V__Kingissepa_nim__kolhoos, lk 7
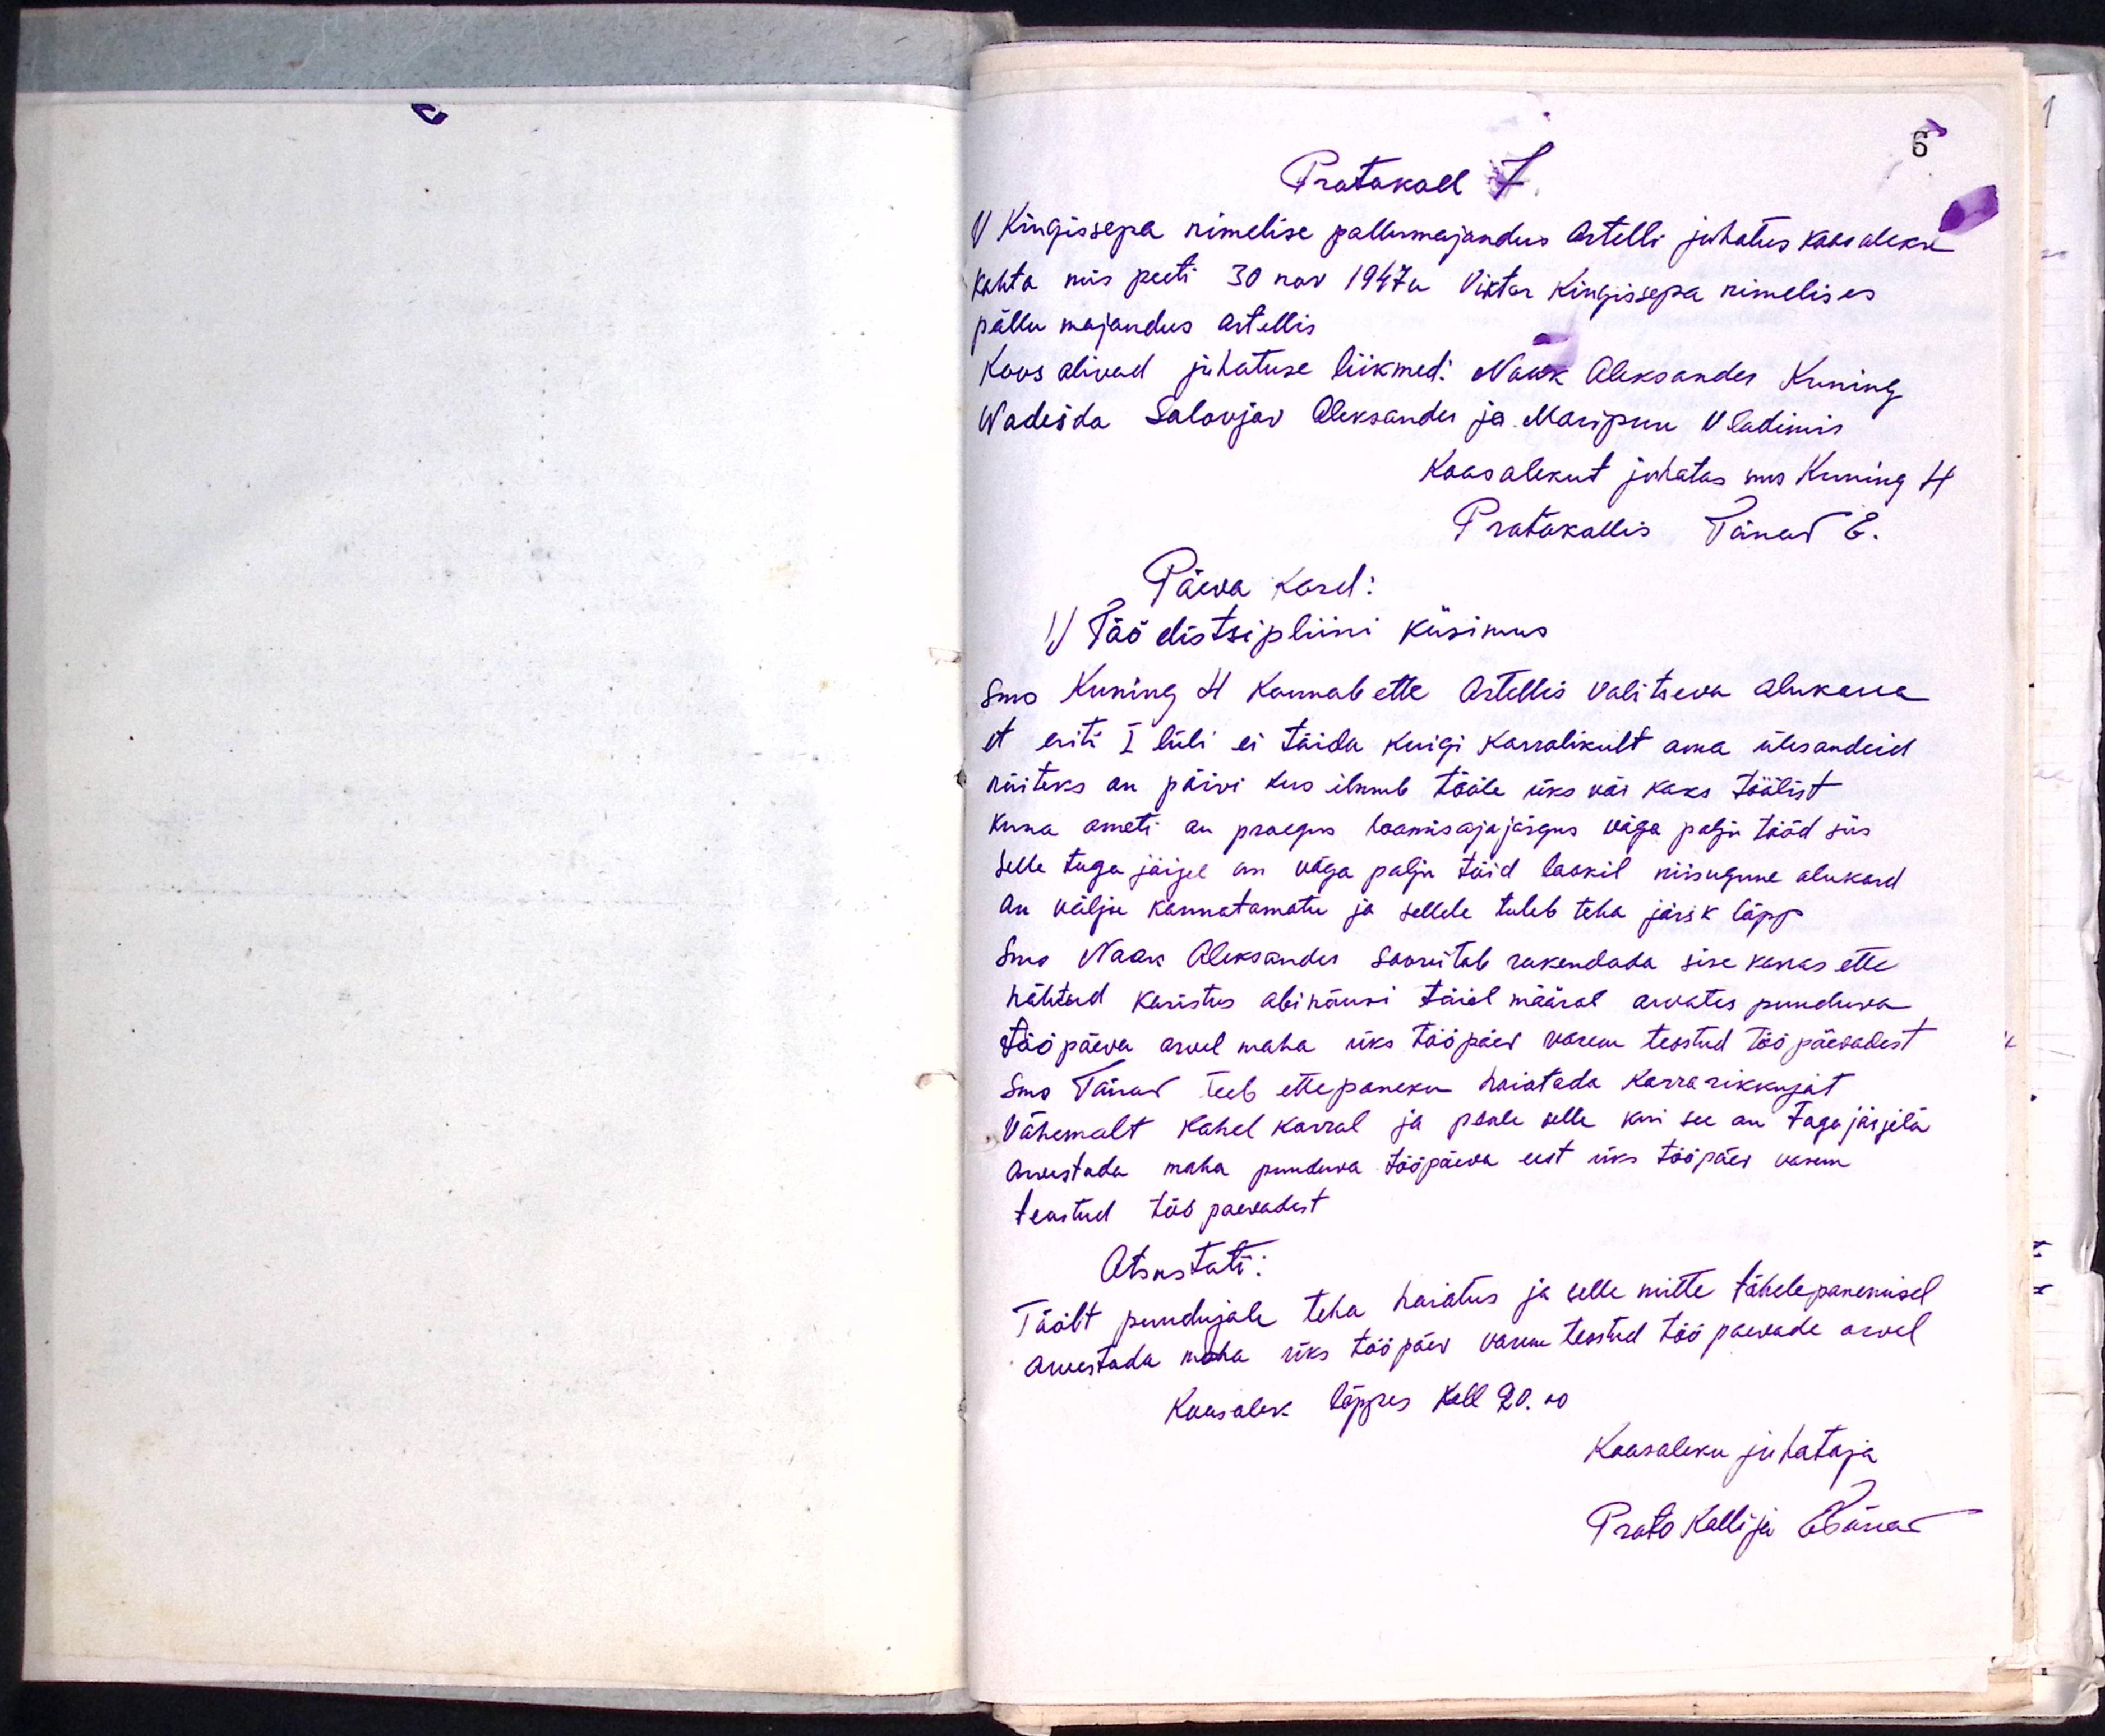
Protokoll 7
V. Kingissepa nimelise põllumajandus Artelli juhatus koosoleku
kohta mis peeti 30 nov 1947a. Viktor Kingissega nimelises
põllu majandus artellis
Koos olivad juhatuse liikmed: Nowk Aleksander Kuning
Wadeida Salovjav Aleksander ja Maripuu Vladimir
Koosolekut juhatas sms Kuning H.
Protokollis Tänav E.
Päeva kord:
1) Töö distsipliini küsimus,
Sms Kuning H Kannab ette Artellis valitseva olukorra
et eriti I lüli ei täida kuigi korralikult oma ülesandeid
näiteks on päivi kus ilmub tööle üks või kaks töölist
kuna ameti au praegus loomisajajärgus väga palju tööd siis
Selle taga järjel on väga palju töid laokil niisugune olukord
on välja kannatamatu ja sellele tuleb teha järsk lõpp
Sms Naak Aleksander soovitab rakendada sise korras ette
nähtud karistus abinõusi täiel määral arvates puuduva
tööpäeva arul maha üks tööpäev varem teostud tööpäevadest.
Sms Tänav teeb ettepaneku kaistada korrarikkujat
Vähemalt kahel korral ja peale selle kui see on tagajärjeta
arvestada maha puuduva tööpäeva eest üks tööpäev varem
teostud töö päevadest.
Otsustati:
Töölt puudujale teha hoiatus ja selle mitte tähelepanemisel
arvestada maha üks tööpäev varem teostud tööpäevade arvel
Koosolek lõppes Kell 20.00
Koosoleku juhataja
Protokollija Esama